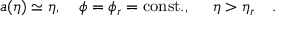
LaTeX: a ( \eta ) \simeq \eta , ~ ~ ~ \phi = \phi _ { r } = \mathrm { c o n s t . } , ~ ~ ~ ~ \eta > \eta _ { r } ~ ~ ~ .